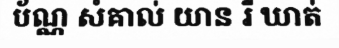
ប័ណ្ណ សំគាល់ យាន រឺ ឃាត់